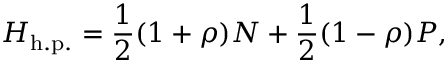
H _ { \mathrm { h . p . } } = { \frac { 1 } { 2 } } ( 1 + \rho ) N + { \frac { 1 } { 2 } } ( 1 - \rho ) P ,